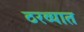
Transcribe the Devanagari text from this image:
ठरव्यात